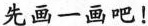
先画一画吧！